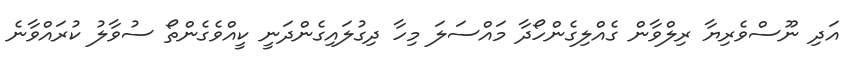
އަދި ނޫސްވެރިޔާ ރިލްވާން ގެއްލިގެންހޯދާ މައްސަލަ މިހާ ދިގުލައިގެންދަނީ ކީއްވެގެންތޯ ސުވާލު ކުރައްވާނެ